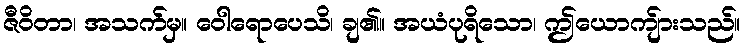
ဇီဝိတာ၊ အသက်မှ။ ဝေါရောပေသိ၊ ချ၏။ အယံပုရိသော၊ ဤယောကျ်ားသည်။